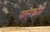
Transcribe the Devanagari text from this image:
पतनकारी